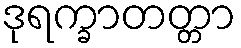
ဒုရက္ခာတတ္တာ